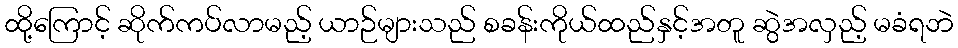
ထို့ကြောင့် ဆိုက်ကပ်လာမည့် ယာဉ်များသည် စခန်းကိုယ်ထည်နှင့်အတူ ဆွဲအလှည့် မခံရဘဲ